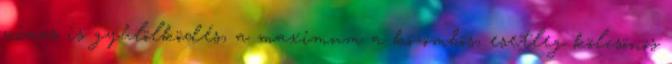
nincs is gyűlölködés, a maximum a közömbös, esetleg kölcsönös